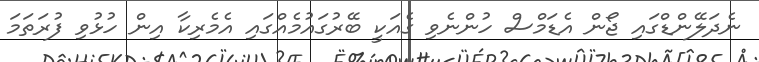
ނެދަލޭންޑްގައި ޖޯން އެޑަމްސް ހުންނެވި ގެއަކީ ބޭރުގައުމެއްގައި އެމެރިކާ އިން ހުޅުވި ފުރަތަމަ